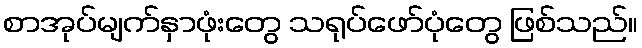
စာအုပ်မျက်နှာဖုံးတွေ သရုပ်ဖော်ပုံတွေ ဖြစ်သည်။